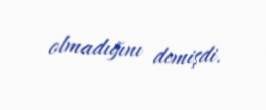
olmadığını demişdi.